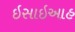
ઇસાઇઆહ